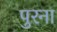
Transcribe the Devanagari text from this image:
पुरना